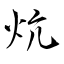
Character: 炕